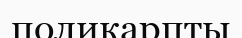
поликарпты